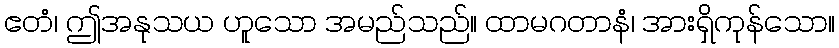
ဧတံ၊ ဤအနုသယ ဟူသော အမည်သည်။ ထာမဂတာနံ၊ အားရှိကုန်သော။